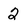
Character: 2